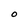
Character: O